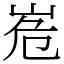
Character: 峞